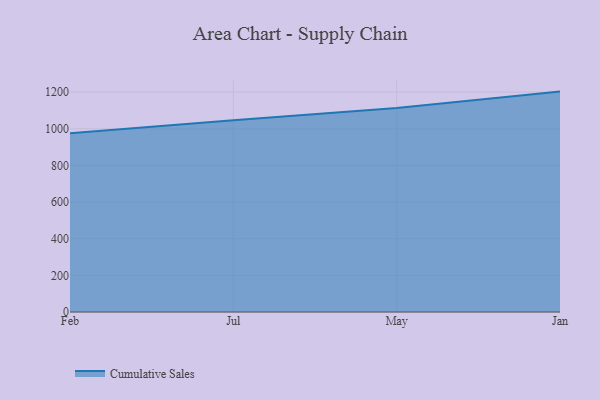
{"axis": {"x": "Month", "y": "Backlog"}, "legend": ["Cumulative Sales"], "data": [{"x": "Feb", "y": 975.3, "type": "Cumulative Sales"}, {"x": "Jul", "y": 1046.8, "type": "Cumulative Sales"}, {"x": "May", "y": 1112.8, "type": "Cumulative Sales"}, {"x": "Jan", "y": 1202.7, "type": "Cumulative Sales"}]}